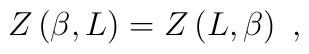
Z\left(\beta,L\right)=Z\left(L,\beta\right) \ ,